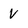
Character: V